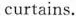
curtains.